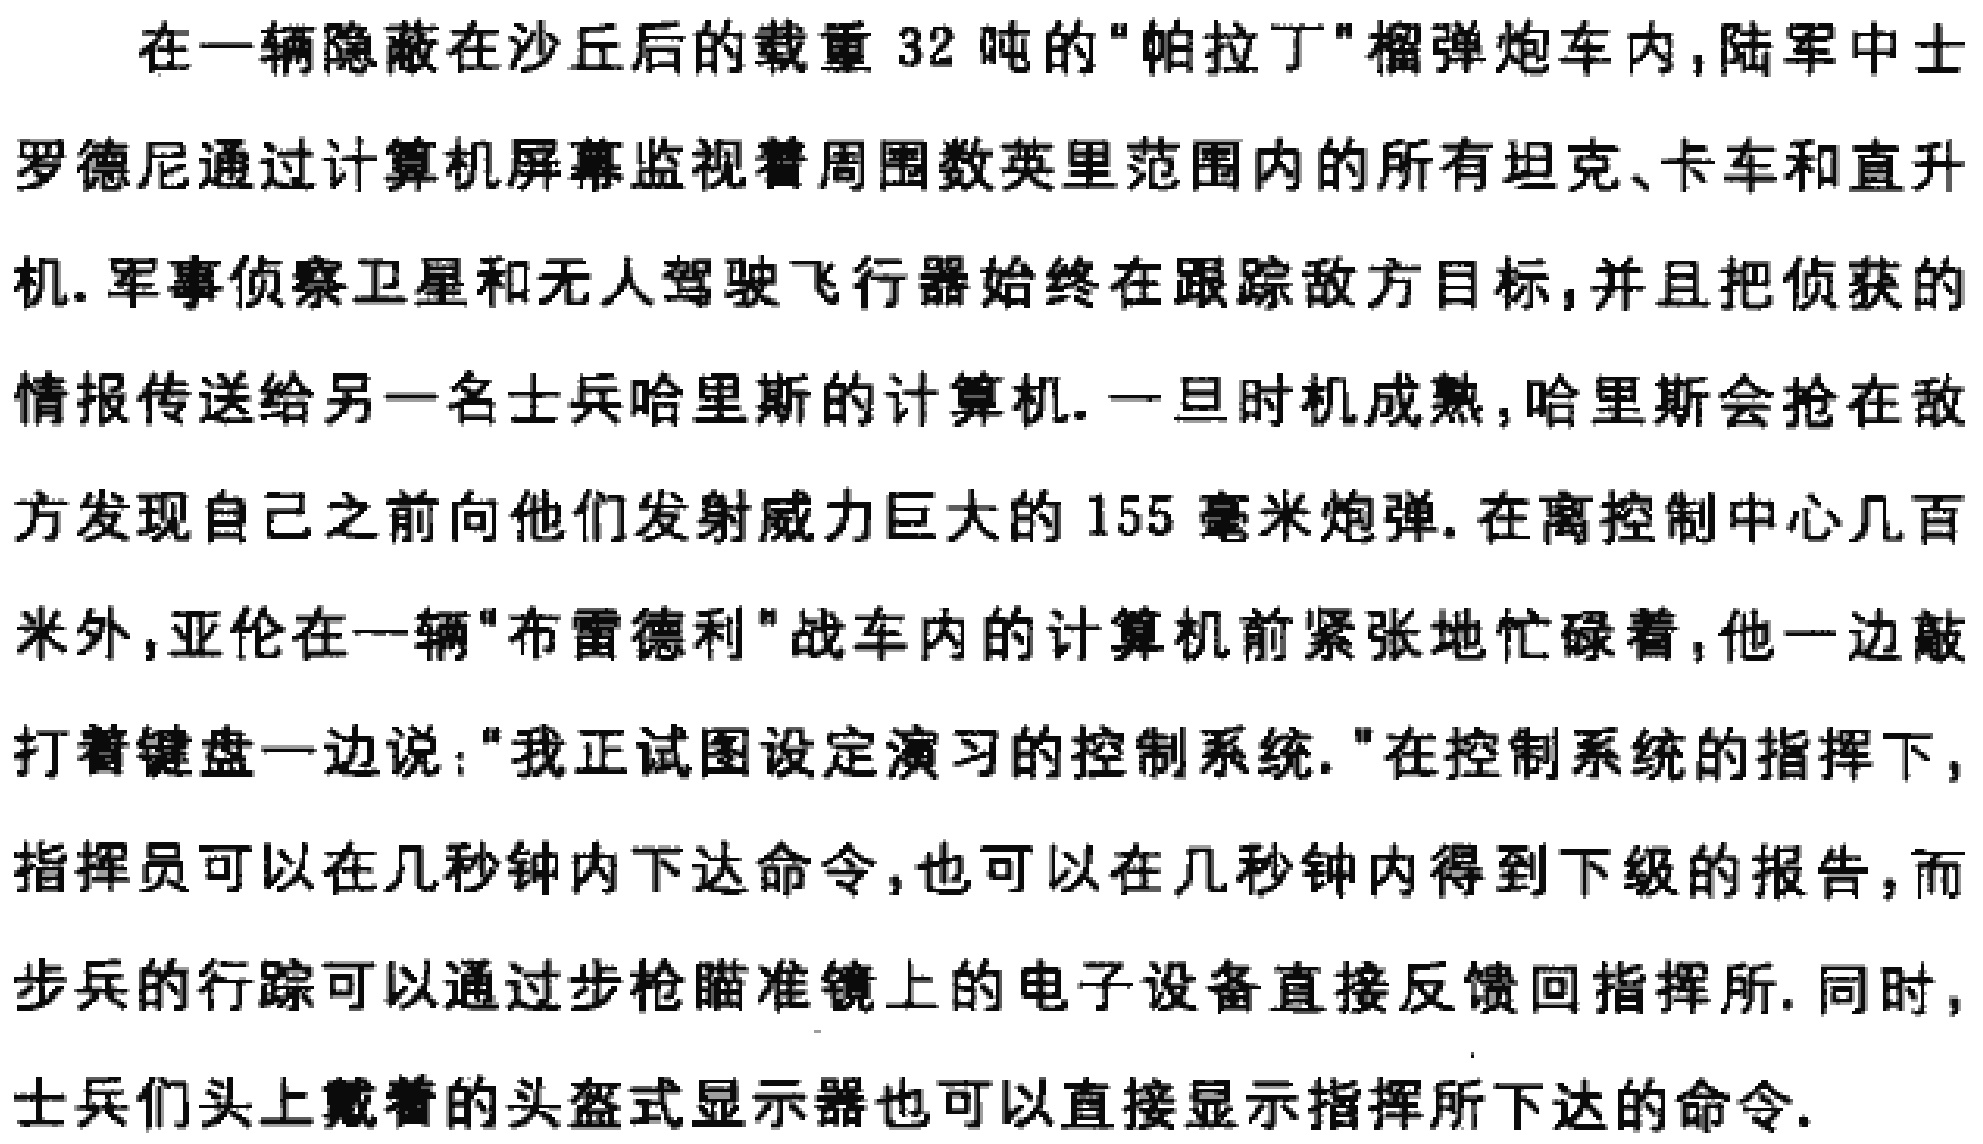
在一辆隐蔽在沙丘后的载重 32 吨的"帕拉丁"榴弹炮车内,陆军中士

罗德尼通过计算机屏幕监视着周围数英里范围内的所有坦克、卡车和直升

机.军事侦察卫星和无人驾驶飞行器始终在跟踪敌方目标,并且把侦获的

情报传送给另一名士兵哈里斯的计算机.一旦时机成熟,哈里斯会抢在敌

方发现自己之前向他们发射威力巨大的 155 毫米炮弹.在离控制中心几百

米外,亚伦在一辆"布雷德利"战车内的计算机前紧张地忙碌着,他一边敲

打着键盘一边说:"我正试图设定演习的控制系统."在控制系统的指挥下,

指挥员可以在几秒钟内下达命令,也可以在几秒钟内得到下级的报告,而

步兵的行踪可以通过步枪瞄准镜上的电子设备直接反馈回指挥所. 同时,

士兵们头上戴着的头盔式显示器也可以直接显示指挥所下达的命令.